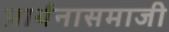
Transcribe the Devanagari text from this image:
प्रार्थनासमाजी